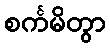
စင်္ကမိတွာ